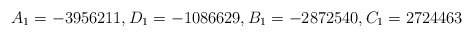
\begin{align*}A_1=-3956211,D_1=-1086629,B_1=-2872540,C_1=2724463\end{align*}